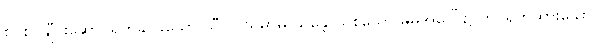
စင်စင်ချီပိုးဆောင်ရွက်နိုင်ခဲသော သီလ သမာဓိ သန္တောသစသော မိမိအပေါ်၌ တင်ရွက်ထားသော